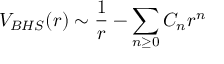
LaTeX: V _ { B H S } ( r ) \sim { \frac { 1 } { r } } - { \sum _ { n \ge 0 } C _ { n } r ^ { n } } \qquad